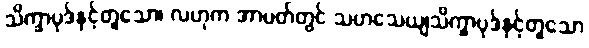
သိက္ခာပုဒ်နှင့်တူသော၊ လဟုက အာပတ်တွင် သဟသေယျသိက္ခာပုဒ်နှင့်တူသော